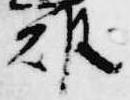
雄